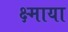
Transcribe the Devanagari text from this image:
क्ष्माया